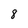
Character: 8